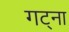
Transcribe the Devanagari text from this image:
गट्ना